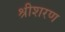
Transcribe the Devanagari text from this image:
श्रीशरण